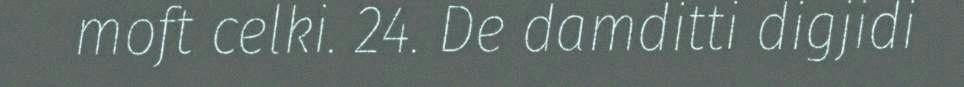
moft celki. 24. De damditti digjidi